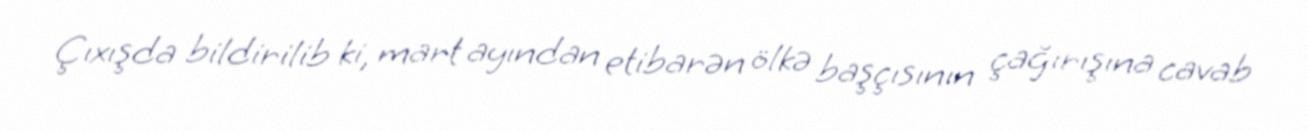
Çıxışda bildirilib ki, mart ayından etibarən ölkə başçısının çağırışına cavab